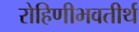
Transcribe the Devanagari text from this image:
रोहिणीभवतीर्थ